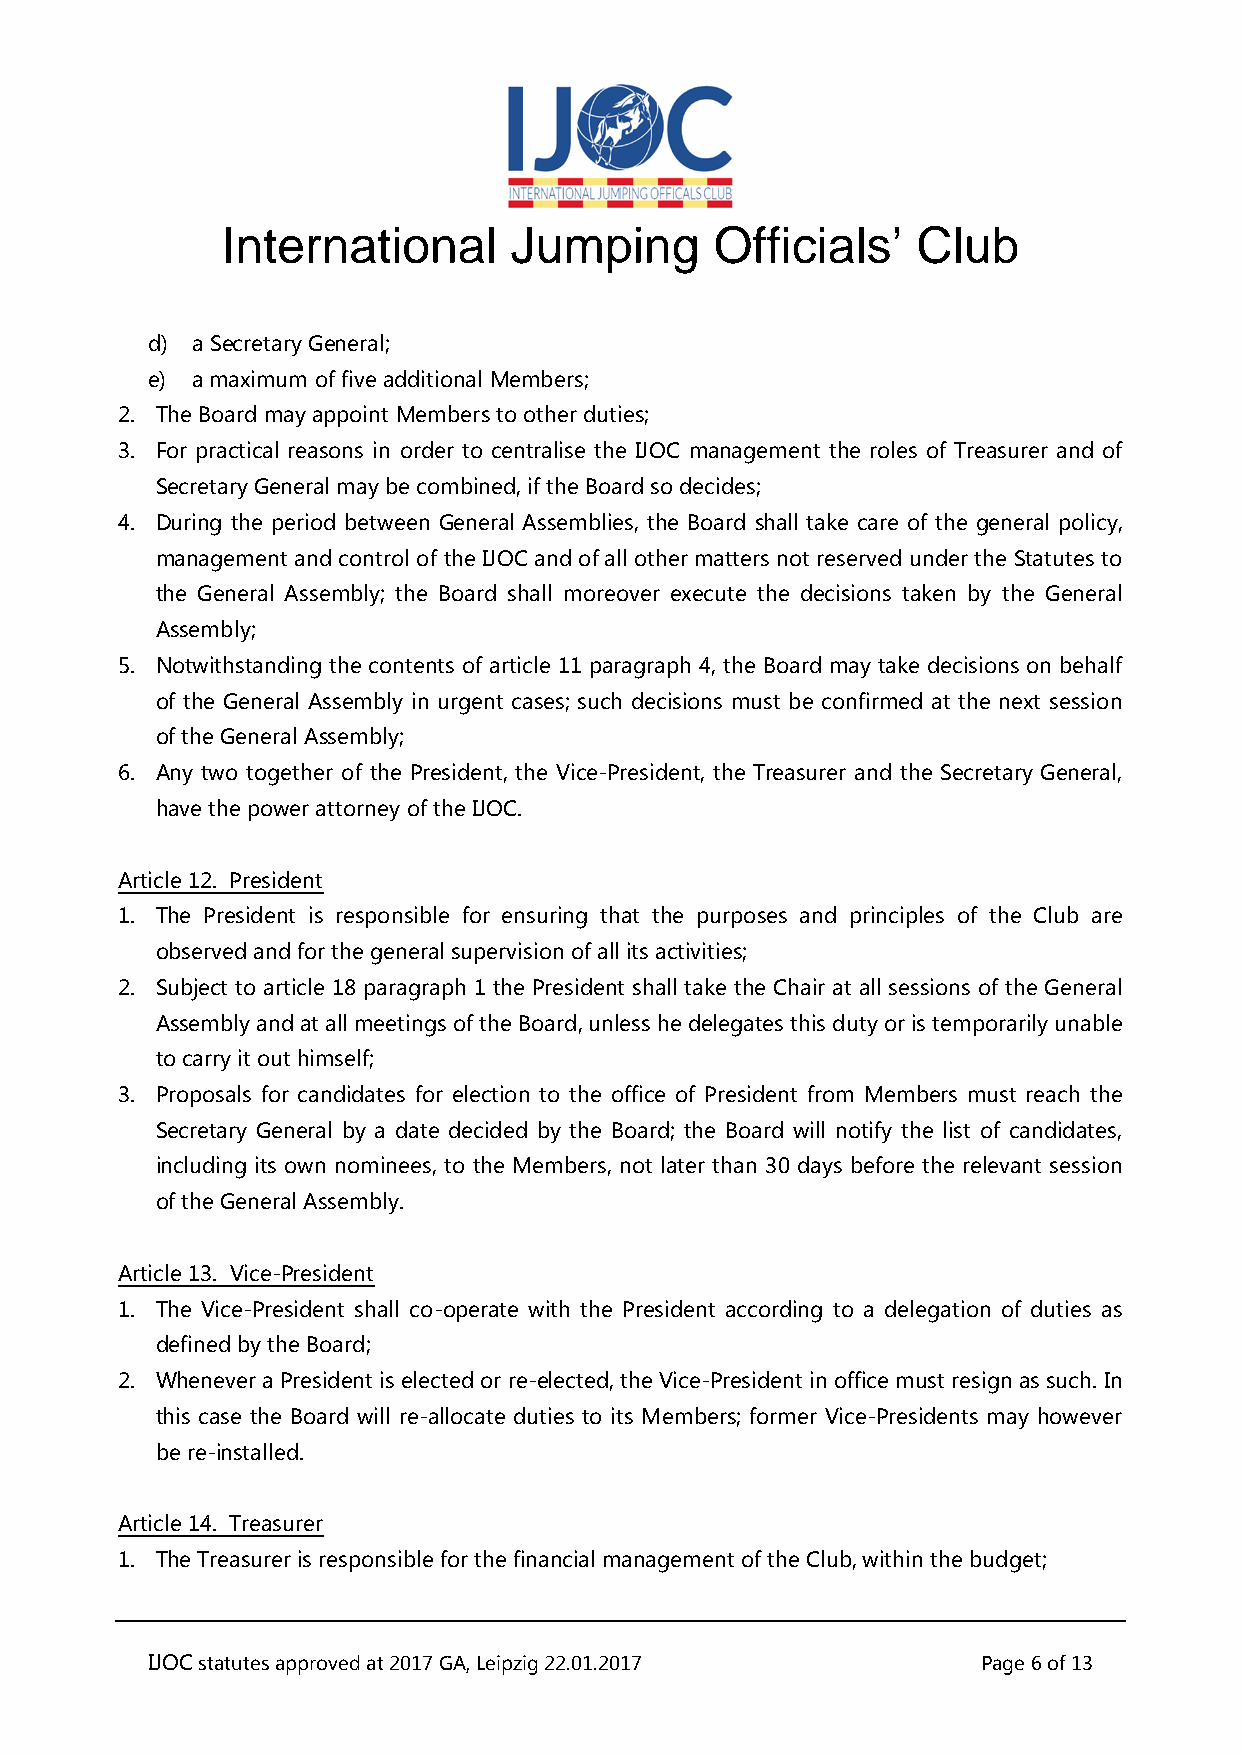
International      Jumping      Officials’    Club
 d) a Secretary General;
 e) a maximum of five additional Members;
 2. The Board may appoint Members to other duties;
 3. For practical reasons in order to centralise the IJOC management the roles of Treasurer and of
 Secretary General may be combined, if the Board so decides;
 4. During the period between General Assemblies, the Board shall take care of the general policy,
 management and control of the IJOC and of all other matters not reserved under the Statutes to
 the General Assembly; the Board shall moreover execute the decisions taken by the General
 Assembly;
 5. Notwithstanding the contents of article 11 paragraph 4, the Board may take decisions on behalf
 of the General Assembly in urgent cases; such decisions must be confirmed at the next session
 of the General Assembly;
 6. Any two together of the President, the Vice-President, the Treasurer and the Secretary General,
 have the power attorney of the IJOC.
 Article 12. President
 1. The President is responsible for ensuring that the purposes and principles of the Club are
 observed and for the general supervision of all its activities;
 2. Subject to article 18 paragraph 1 the President shall take the Chair at all sessions of the General
 Assembly and at all meetings of the Board, unless he delegates this duty or is temporarily unable
 to carry it out himself;
 3. Proposals for candidates for election to the office of President from Members must reach the
 Secretary General by a date decided by the Board; the Board will notify the list of candidates,
 including its own nominees, to the Members, not later than 30 days before the relevant session
 of the General Assembly.
 Article 13. Vice-President
 1. The Vice-President shall co-operate with the President according to a delegation of duties as
 defined by the Board;
 2. Whenever a President is elected or re-elected, the Vice-President in office must resign as such. In
 this case the Board will re-allocate duties to its Members; former Vice-Presidents may however
 be re-installed.
 Article 14. Treasurer
 1. The Treasurer is responsible for the financial management of the Club, within the budget;
 IJOC statutes approved at 2017 GA, Leipzig 22.01.2017  Page 6 of 13